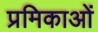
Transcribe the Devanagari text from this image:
प्रमिकाओं